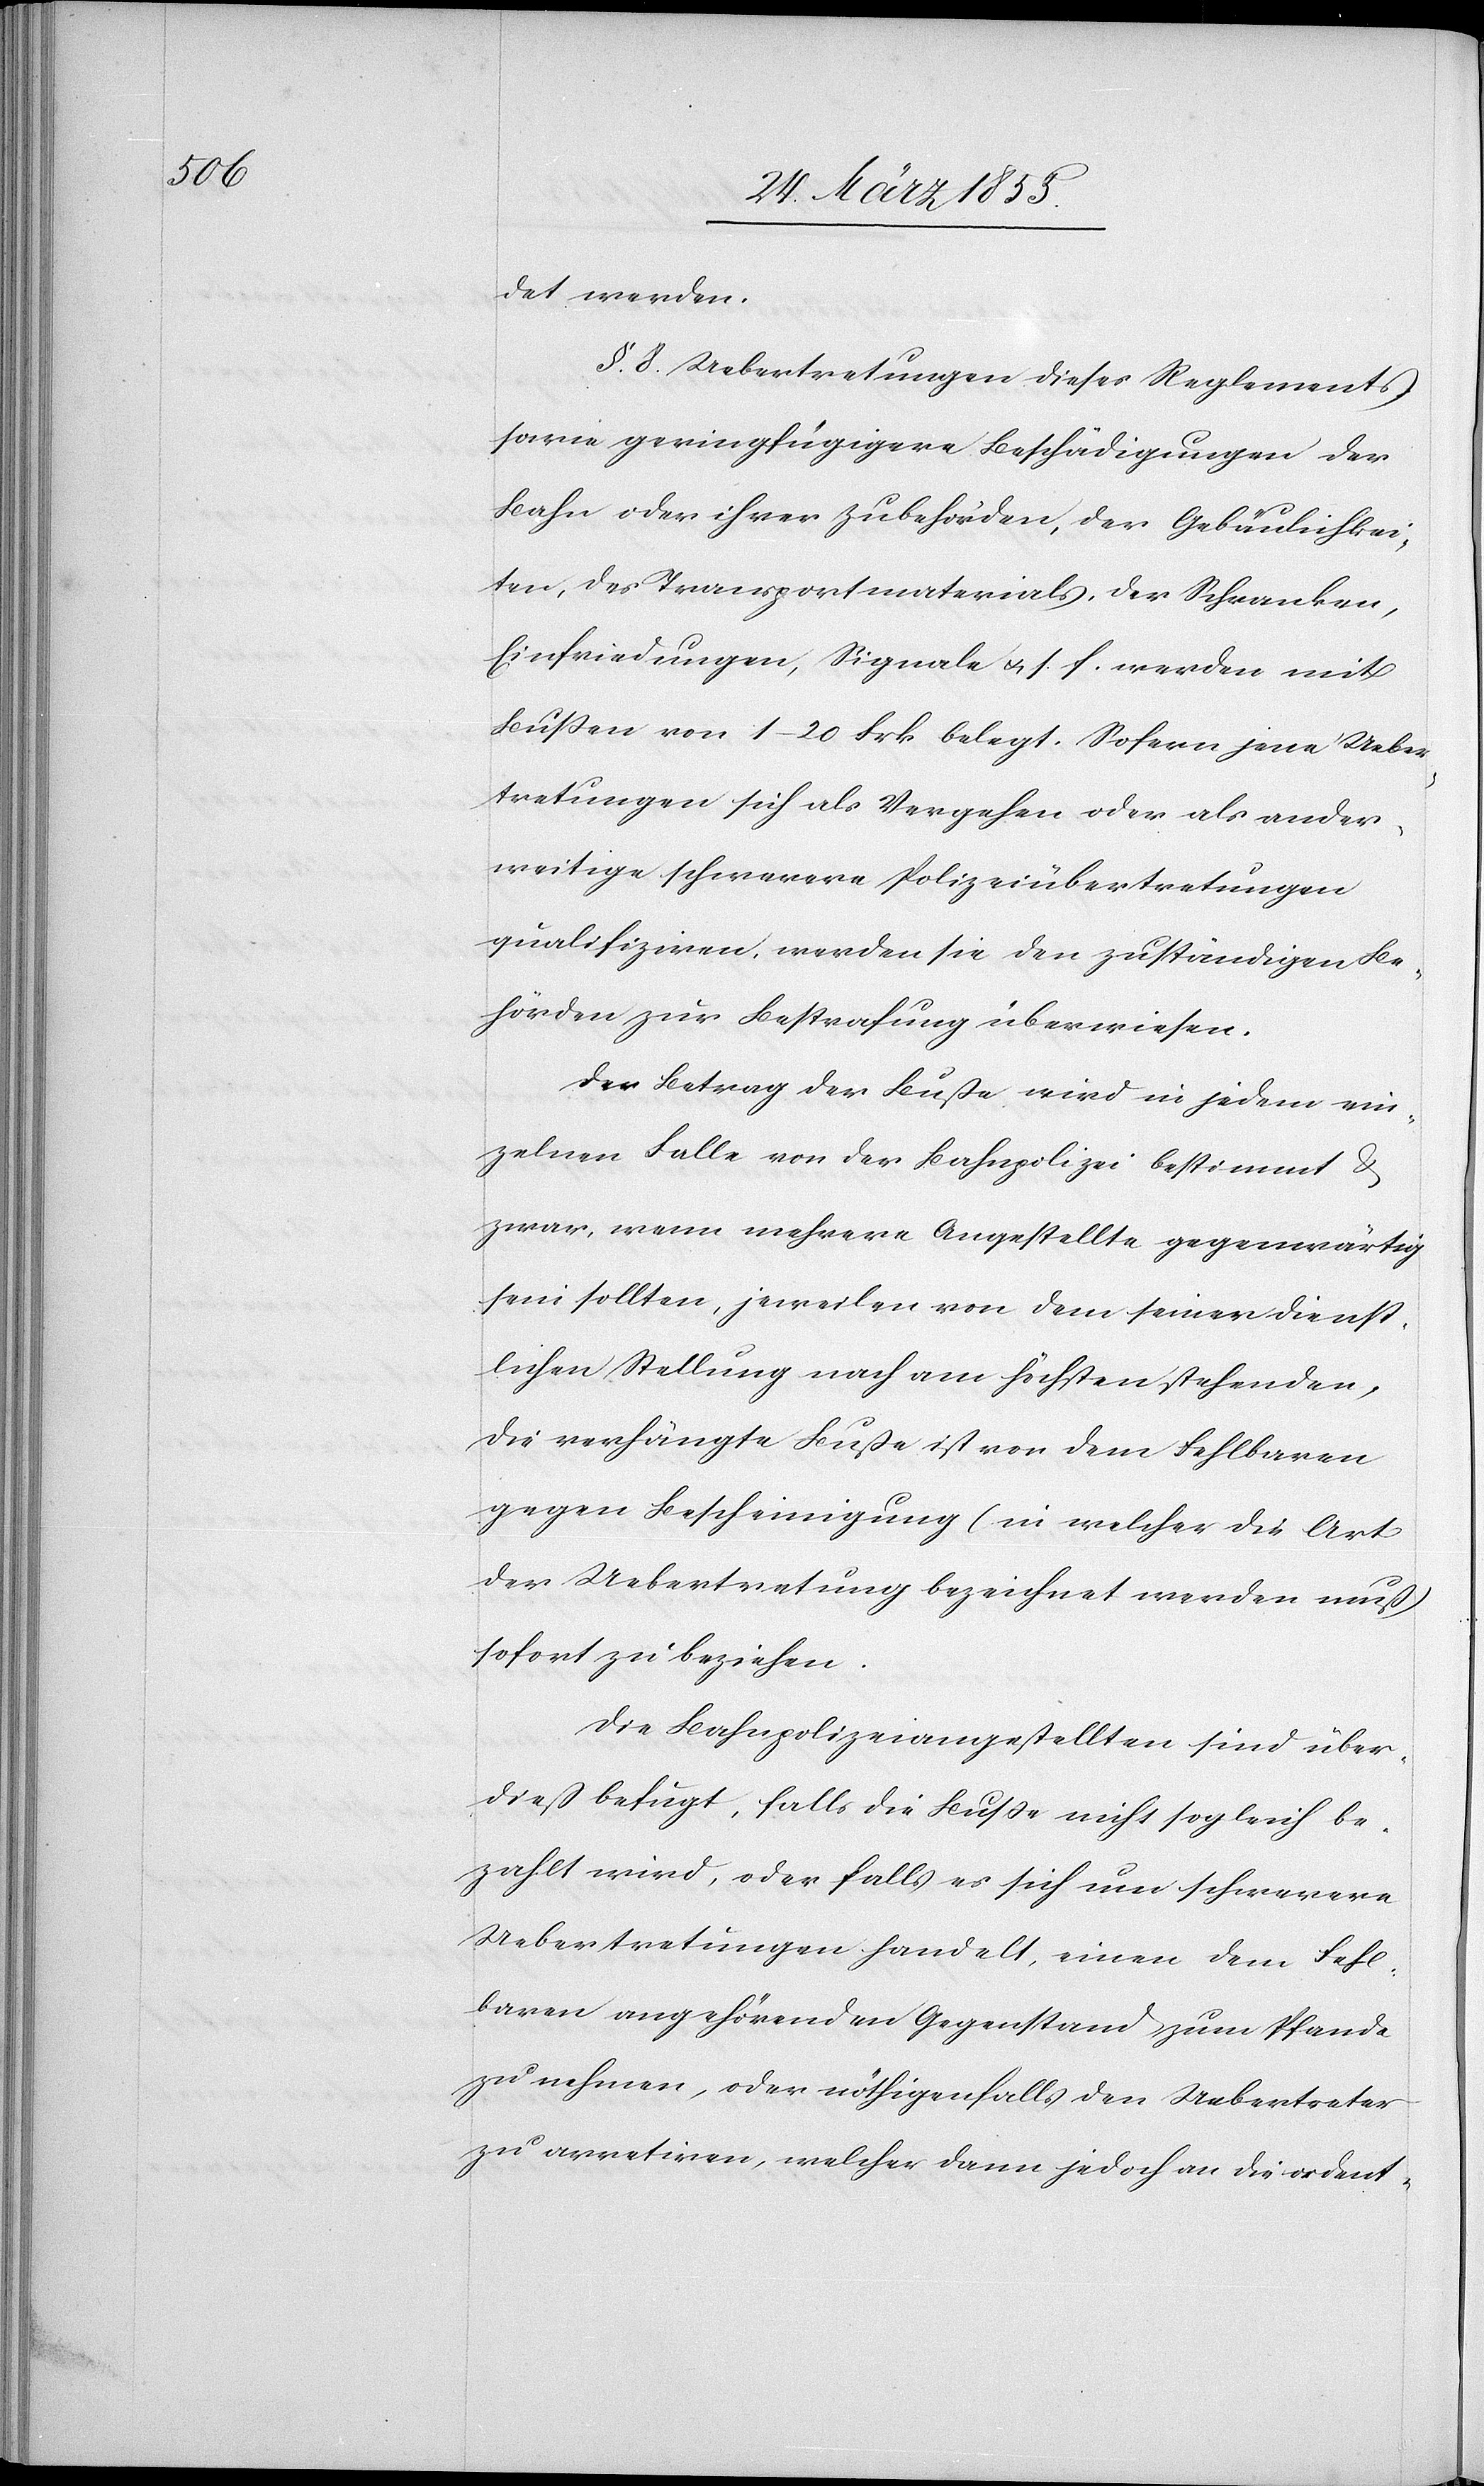
det werden.
§. 8. Uebertretungen dieses Reglements
sowie geringfügigere Beschädigungen der
Bahn oder ihrer Zubehörden, der Gebäulichkei¬
ten, des Transportmaterials, der Schranken,
Einfriedungen, Signale & s. f. werden mit
Bussen von 1–20 Frk belegt. Sofern jene Ueber¬
tretungen sich als Vergehen oder als ander¬
weitige schwerere Polizeiübertretungen
qualifiziren, werden sie den zuständigen Be¬
hörden zur Bestrafung überwiesen.
Der Betrag der Buße wird in jedem ein¬
zelnen Falle von der Bahnpolizei bestimmt &
zwar, wenn mehrere Angestellte gegenwärtig
sein sollten, jeweilen von dem seiner dienst¬
lichen Stellung nach am höchsten stehenden.
Die verhängte Buße ist von dem Fehlbaren
gegen Bescheinigung (in welcher die Art
der Uebertretung bezeichnet werden muß)
sofort zu beziehen.
Die Bahnpolizeiangestellten sind über¬
dieß befugt, falls die Busse nicht sogleich be¬
zahlt wird, oder falls es sich um schwerere
Uebertretungen handelt, einen dem Fehl¬
baren angehörenden Gegenstand zum Pfande
zu nehmen, oder nöthigenfalls den Uebertreter
zu arretiren, welcher dann jedoch an die ordent-